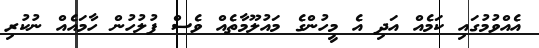
އެއްވުމުގައި ކަމެއް އަދި އެ މީހުންގެ މައުލޫމާތެއް ވެސް ފުލުހުން ހާމައެއް ނުކުރި